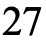
27